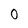
Character: O